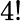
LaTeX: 4!